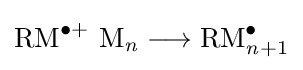
{\mathrm {RM} {\vphantom {A}}^{\bullet +}~\mathrm {M} {\vphantom {A}}_{\smash[{t}]{\mathit {n}}}{}\mathrel {\longrightarrow } {}\mathrm {RM} {\vphantom {A}}_{\smash[{t}]{{\mathit {n}}+1}}^{\bullet }}